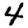
Digit: 4